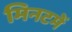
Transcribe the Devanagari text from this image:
मिनटमें